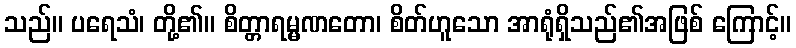
သည်။ ပရေသံ၊ တို့၏။ စိတ္တာရမ္မဏတော၊ စိတ်ဟူသော အာရုံရှိသည်၏အဖြစ် ကြောင့်။